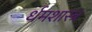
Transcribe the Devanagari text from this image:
र्धमशास्त्र